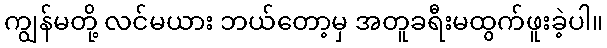
ကျွန်မတို့ လင်မယား ဘယ်တော့မှ အတူခရီးမထွက်ဖူးခဲ့ပါ။